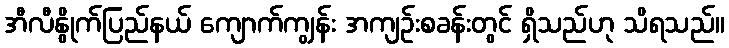
အီလီနွိုက်ပြည်နယ် ကျောက်ကျွန်း အကျဉ်းစခန်းတွင် ရှိသည်ဟု သိရသည်။